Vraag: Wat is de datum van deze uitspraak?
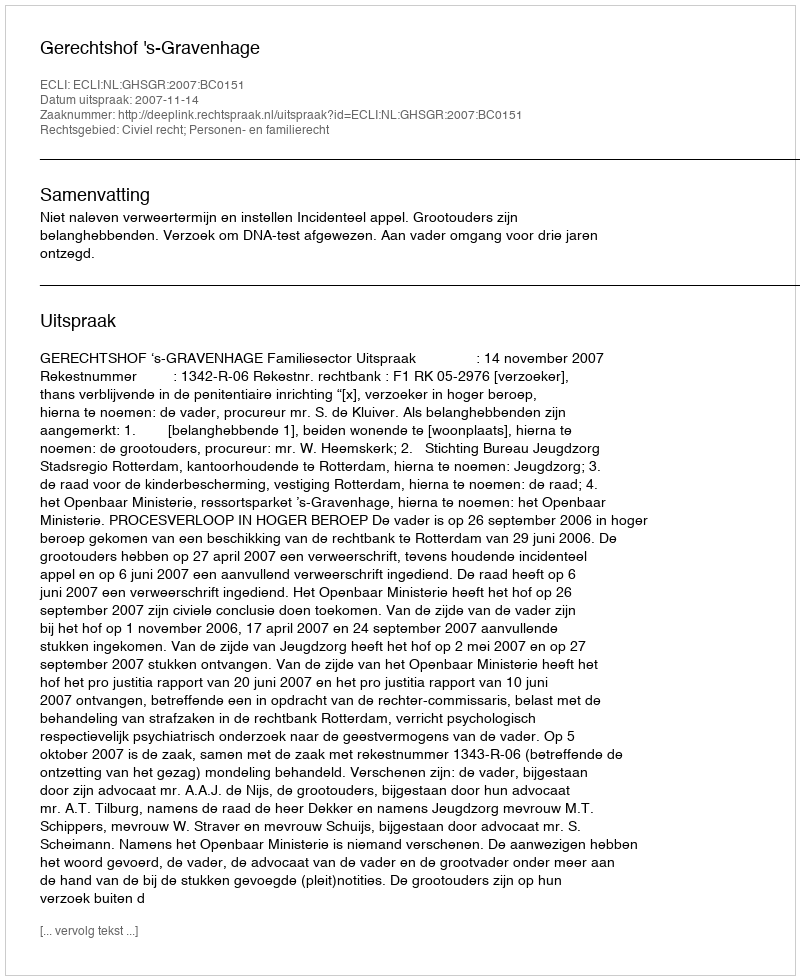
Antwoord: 2007-11-14